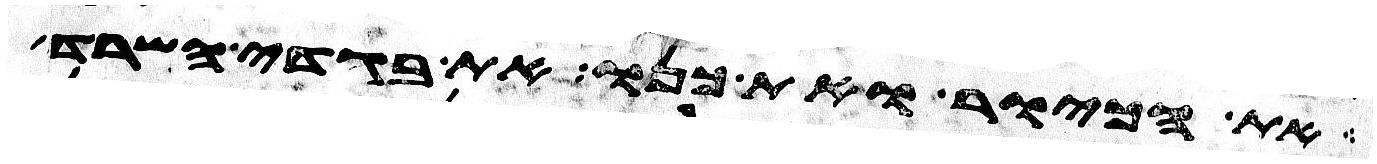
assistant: את הכיור ואת כנו את בגדי השרד